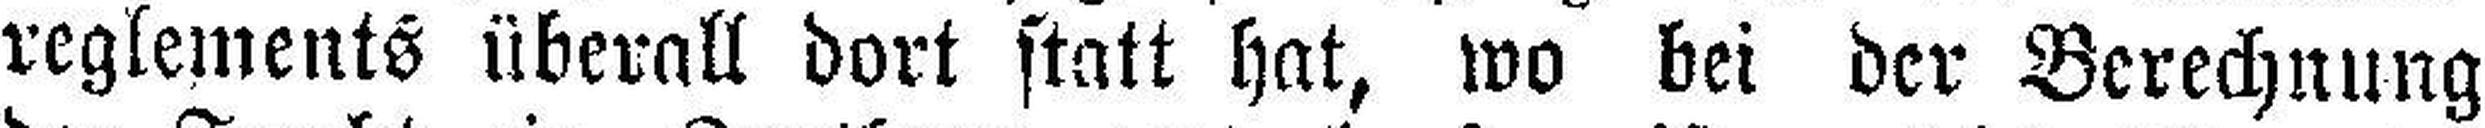
reglements überall dort statt hat, wo bei der Berechnung